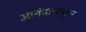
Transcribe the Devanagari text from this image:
आनंदापासून